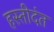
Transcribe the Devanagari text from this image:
हस्तीदंत